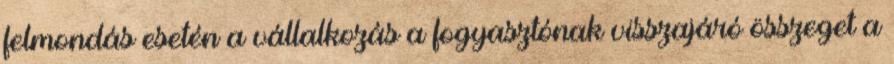
felmondás esetén a vállalkozás a fogyasztónak visszajáró összeget a